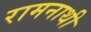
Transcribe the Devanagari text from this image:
रामनाथी